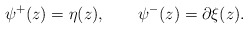
\begin{align*}\psi^+(z) = \eta(z), \qquad \psi^-(z) = \partial\xi(z).\end{align*}